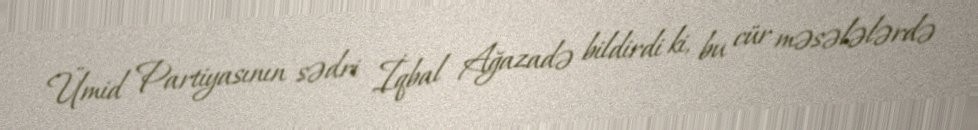
Ümid Partiyasının sədri İqbal Ağazadə bildirdi ki, bu cür məsələlərdə